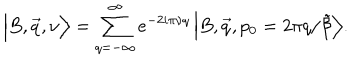
\Big \vert B , \vec { q } , \nu \Big \rangle = \sum _ { q = - \infty } ^ { \infty } e ^ { - 2 i \pi \nu q } \, \Big \vert B , \vec { q } , p _ { 0 } = 2 \pi q / \tilde { \beta } \Big \rangle .